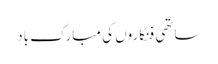
ساتھی فنکاروں‌ کی مبارک باد